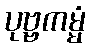
ပုဗ္ဗကမ္မံ